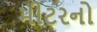
મીટરનો